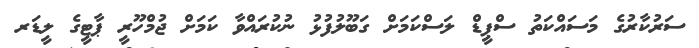
ސަރުކާރުގެ މަސައްކަތު ސްޕީޑް ލަސްކަމަށް ގަބޫލުފުޅު ނުކުރައްވާ ކަމަށް ޖުމްހޫރީ ޕާޓީގެ ލީޑަރ